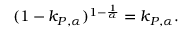
( 1 - k _ { P , \alpha } ) ^ { 1 - \frac { 1 } { \alpha } } = k _ { P , \alpha } .